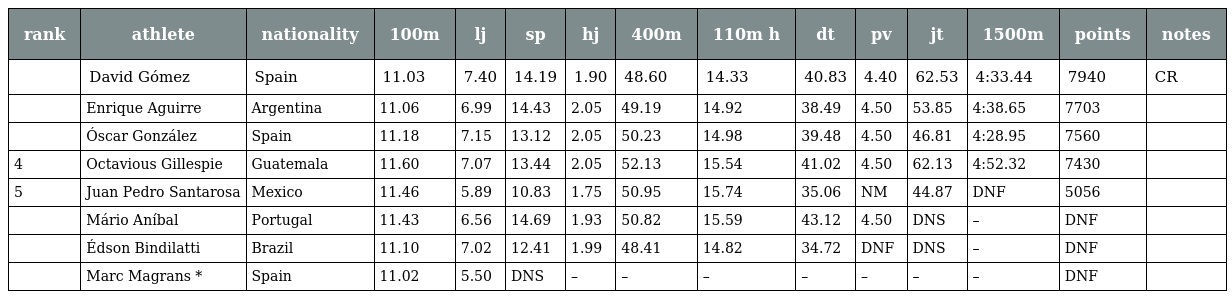
| rank | athlete | nationality | 100m | lj | sp | hj | 400m | 110m h | dt | pv | jt | 1500m | points | notes |
 | --- | --- | --- | --- | --- | --- | --- | --- | --- | --- | --- | --- | --- | --- | --- |
 |  | David Gómez | Spain | 11.03 | 7.40 | 14.19 | 1.90 | 48.60 | 14.33 | 40.83 | 4.40 | 62.53 | 4:33.44 | 7940 | CR |
 |  | Enrique Aguirre | Argentina | 11.06 | 6.99 | 14.43 | 2.05 | 49.19 | 14.92 | 38.49 | 4.50 | 53.85 | 4:38.65 | 7703 |  |
 |  | Óscar González | Spain | 11.18 | 7.15 | 13.12 | 2.05 | 50.23 | 14.98 | 39.48 | 4.50 | 46.81 | 4:28.95 | 7560 |  |
 | 4 | Octavious Gillespie | Guatemala | 11.60 | 7.07 | 13.44 | 2.05 | 52.13 | 15.54 | 41.02 | 4.50 | 62.13 | 4:52.32 | 7430 |  |
 | 5 | Juan Pedro Santarosa | Mexico | 11.46 | 5.89 | 10.83 | 1.75 | 50.95 | 15.74 | 35.06 | NM | 44.87 | DNF | 5056 |  |
 |  | Mário Aníbal | Portugal | 11.43 | 6.56 | 14.69 | 1.93 | 50.82 | 15.59 | 43.12 | 4.50 | DNS | – | DNF |  |
 |  | Édson Bindilatti | Brazil | 11.10 | 7.02 | 12.41 | 1.99 | 48.41 | 14.82 | 34.72 | DNF | DNS | – | DNF |  |
 |  | Marc Magrans * | Spain | 11.02 | 5.50 | DNS | – | – | – | – | – | – | – | DNF |  |